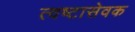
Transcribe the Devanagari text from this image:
त्वष्टासेवक